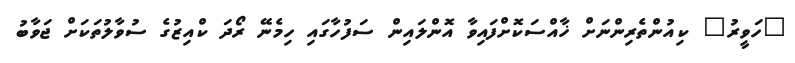
"ހަވީރު" ކިއުންތެރިންނަށް ޚާއްސަކޮށްފައިވާ އޮންލައިން ސަފުހާގައި ހިމެނޭ ރޯދަ ކްއިޒުގެ ސުވާލުތަކަށް ޖަވާބު